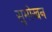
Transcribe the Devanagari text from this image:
सुमोखन